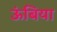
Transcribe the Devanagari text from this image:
ऊंबिया